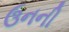
ઉનની